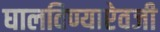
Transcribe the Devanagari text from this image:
घालविण्याऐवजी